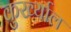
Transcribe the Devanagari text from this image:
कुर्ख्याल